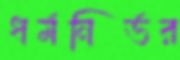
ধর্মনির্ভর